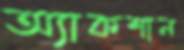
অ্যাকশান